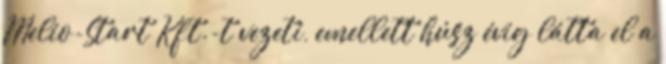
Melio-Start Kft.-t vezeti, emellett húsz évig látta el a